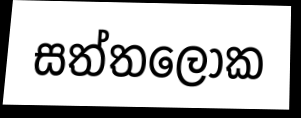
සත්තලෝක